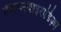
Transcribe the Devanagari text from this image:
हाइपरथाइराडिज़्म